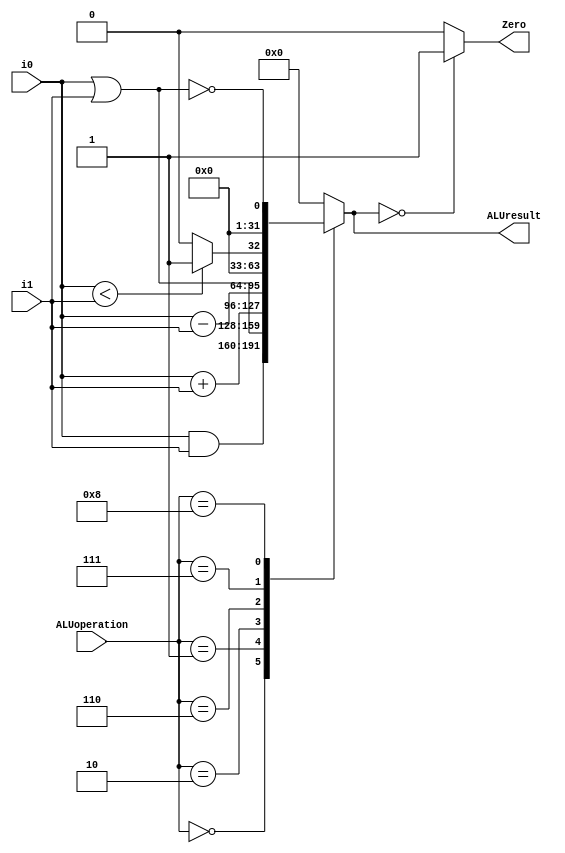
// EECE3324 Computer Architecture
// Hw 6
// Tim Liming

// An ALU that support a set of MIPS instructions: add, addi, beq, j, lw and sw. The ALU 
// takes a 4-bit control signal and two 32-bit data inputs in, and generates two outputs 
// (32-bit ALUresult and 1-bit Zero). 
 
 

`timescale 1ns / 1ns

module ALU(ALUoperation, i0, i1, ALUresult, Zero);
  
  input [3:0] ALUoperation;
  input [31:0] i0, i1;
  output reg [31:0] ALUresult;
  output Zero;
  
  // initialize
  initial begin ALUresult = 31'd0; end
  assign Zero = (ALUresult == 0) ? 1 : 0;
  
  // generate ALU result
  always @ (i0 or i1 or ALUoperation) begin
    
    ALUresult = 0;
    
    case (ALUoperation)
      // and
      4'b0000: begin ALUresult <= i0 & i1; end
      // or
      4'b0001: begin ALUresult <= i0 | i1; end
      // add
      4'b0010: begin ALUresult <= i0 + i1; end
      // sub
      4'b0110: begin ALUresult <= i0 - i1; end
      // slt
      4'b0111: begin ALUresult <= ((i0 < i1) ? 1 : 0); end
      // nor
      4'b1000: begin ALUresult <= !(i0 | i1); end
      default: begin ALUresult <= 0; end
    endcase
  end
  
endmodule